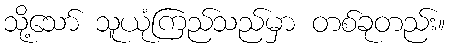
သို့သော် သူယုံကြည်သည်မှာ တစ်ခုတည်း။